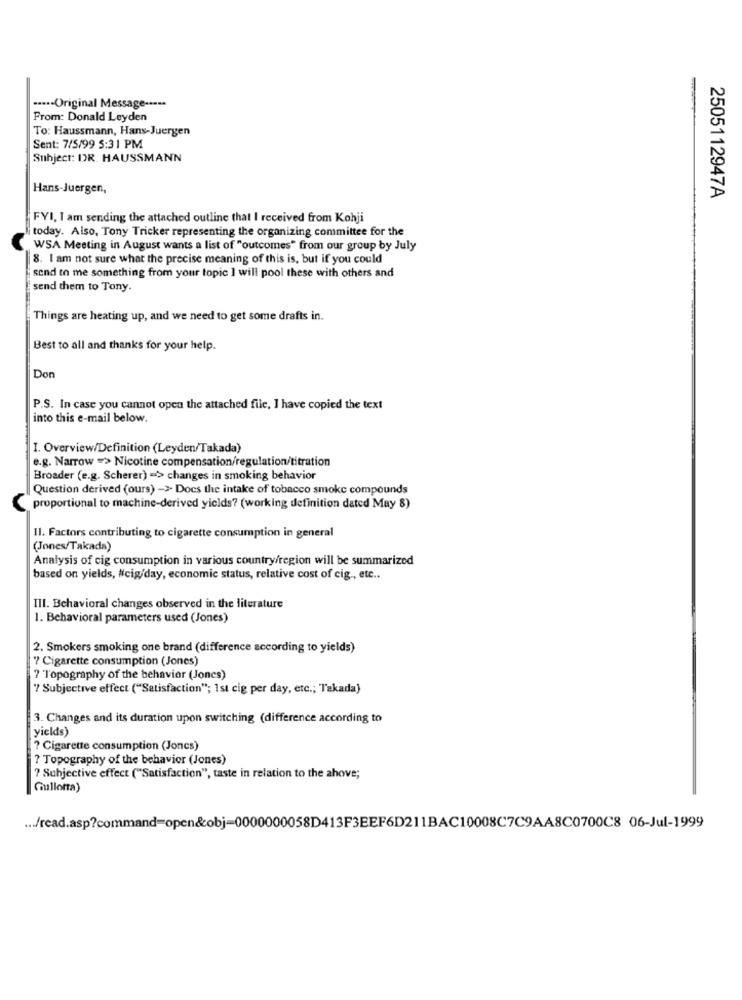
····- Original Message -----
From: Donald Leyden
To: Haussmann, Hans-Juergen
Sent: 7/5/99 5:31 PM
Subject: DR. HAUSSMANN
Hans-Juergen,
2505112947A
FYI, I am sending the attached outline that I received from Kohji
today. Also, Tony Tricker representing the organizing committee for the
WSA Meeting in August wants a list of "outcomes" from our group by July
8. I am not sure what the precise meaning of this is, but if you could
send to me something from your topic ] will pool these with others and
send them to Tony.
Things are heating up, and we need to get some drafts in.
Best to all and thanks for your help.
Don
P.S. In case you cannot open the attached file, I have copied the text
into this e-mail below.
I. Overview/Definition (Leyden/Takada)
e.g. Narrow => Nicotine compensation/regulation/titration
Broader (e.g. Scherer) => changes in smoking behavior
Question derived (ours) -> Docs the intake of tobacco smoke compounds
proportional to machine-derived yields? (working definition dated May 8)
Il. Factors contributing to cigarette consumption in general
(Jones/Takada)
Analysis of cig consumption in various country/region will be summarized
based on yields, #cig/day, economic status, relative cost of cig ., etc ..
III. Behavioral changes observed in the literature
1. Behavioral parameters used (Jones)
2. Smokers smoking one brand (difference according to yields)
7 Cigarette consumption (Jones)
7 Topography of the behavior (Jones)
7 Subjective effect ("Satisfaction"; 1st cig per day, etc .; Takada)
3. Changes and its duration upon switching (difference according to
yields)
? Cigarette consumption (Joncs)
? Topography of the behavior (Jones)
? Subjective effect ("Satisfaction", taste in relation to the ahove;
Gullotta)
... /read.asp?command=open&obj-0000000058D413F3EEF6D211BAC10008C7C9AA8C0700C8 06-Jul-1999